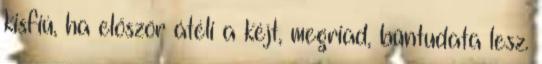
kisfiú, ha először átéli a kéjt, megriad, bűntudata lesz.